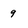
Character: 9